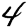
Digit: 4